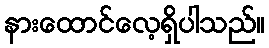
နားထောင်လေ့ရှိပါသည်။